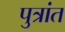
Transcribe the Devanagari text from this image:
पुत्रांत